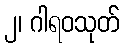
၂၊ ဂါရဝသုတ်